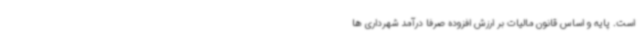
است. پایه و اساس قانون مالیات بر ارزش افزوده صرفا درآمد شهرداری ها